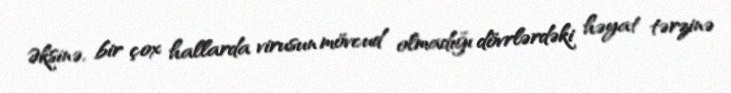
Əksinə, bir çox hallarda virusun mövcud olmadığı dövrlərdəki həyat tərzinə